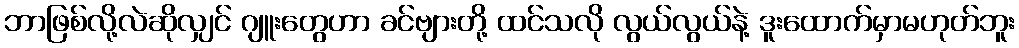
ဘာဖြစ်လို့လဲဆိုလျှင် ဂျူးတွေဟာ ခင်ဗျားတို့ ထင်သလို လွယ်လွယ်နဲ့ ဒူးထောက်မှာမဟုတ်ဘူး